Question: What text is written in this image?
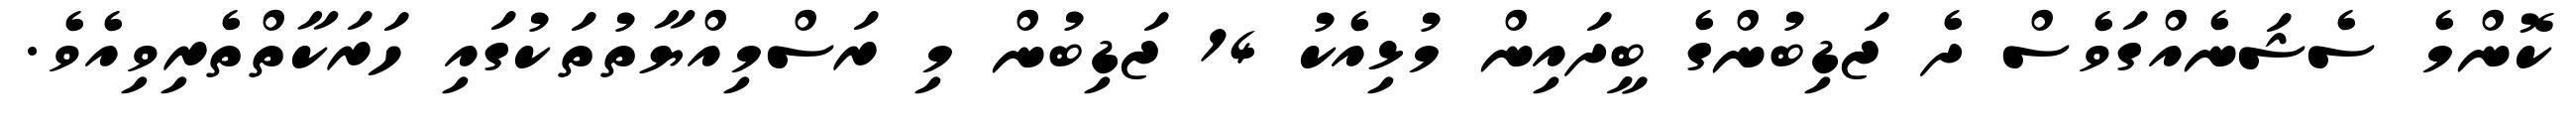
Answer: ކޮންމެ ސެޝަނެއްގަވެސް ދެ ޖަޑިބުންގެ ބީދައިން މުޅިއެކު 14 ޖަޑިބުން މި ރަސްމިއްޔާތުތަކުގައި ހަރަކާތްތެރިވިއެވެ.